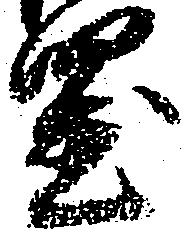
置